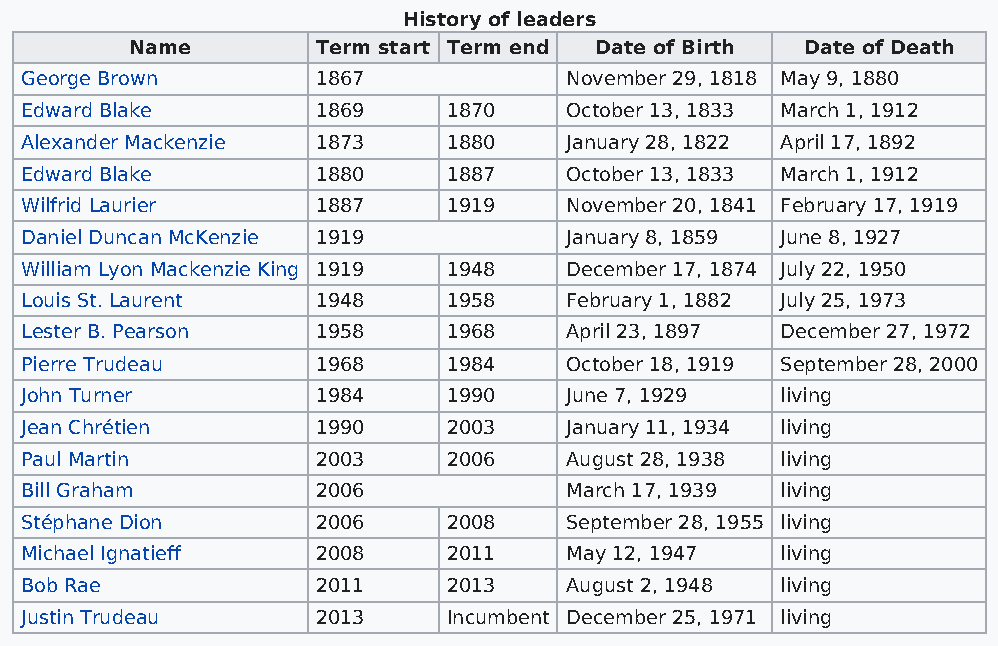
History of leaders
 Name        Term start Term end Date of Birth Date of Death
 George Brown        1867            November 29, 1818 May 9, 1880
 Edward Blake        1869     1870   October 13, 1833 March 1, 1912
 Alexander Mackenzie 1873     1880   January 28, 1822 April 17, 1892
 Edward Blake        1880     1887   October 13, 1833 March 1, 1912
 Wilfrid Laurier     1887     1919   November 20, 1841 February 17, 1919
 Daniel Duncan McKenzie 1919         January 8, 1859 June 8, 1927
 William Lyon Mackenzie King 1919 1948 December 17, 1874 July 22, 1950
 Louis St. Laurent   1948     1958   February 1, 1882 July 25, 1973
 Lester B. Pearson   1958     1968   April 23, 1897 December 27, 1972
 Pierre Trudeau      1968     1984   October 18, 1919 September 28, 2000
 John Turner         1984     1990   June 7, 1929   living
 Jean Chrétien       1990     2003   January 11, 1934 living
 Paul Martin         2003     2006   August 28, 1938 living
 Bill Graham         2006            March 17, 1939 living
 Stéphane Dion       2006     2008   September 28, 1955 living
 Michael Ignatieff   2008     2011   May 12, 1947   living
 Bob Rae             2011     2013   August 2, 1948 living
 Justin Trudeau      2013     Incumbent December 25, 1971 living